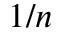
1 / n